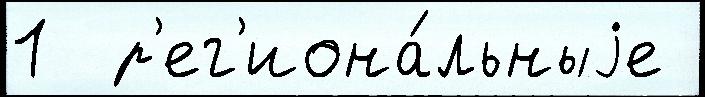
1  р'ег'иона́льныjе